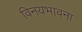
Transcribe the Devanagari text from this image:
विनयभावना